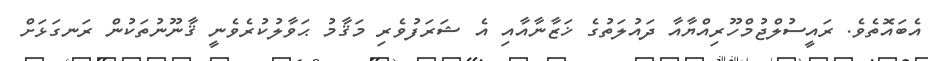
އެބައޮތެވެ. ރައީސުލްޖުމްހޫރިއްޔާއާ ދައުލަތުގެ ޚަޒާނާއާއި އެ ޝަރަފުވެރި މަޤާމު ޙަވާލުކުރެވެނީ ޤާނޫނުތަކުން ރަނގަޅަށް